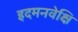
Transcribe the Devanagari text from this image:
इदमनवेक्षि